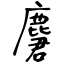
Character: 麏